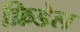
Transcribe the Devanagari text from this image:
फ्रिडेल